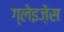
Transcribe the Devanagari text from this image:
ग्लेइज़ेस